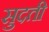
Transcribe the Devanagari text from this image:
सुदती